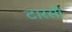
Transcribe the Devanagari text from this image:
टारसी